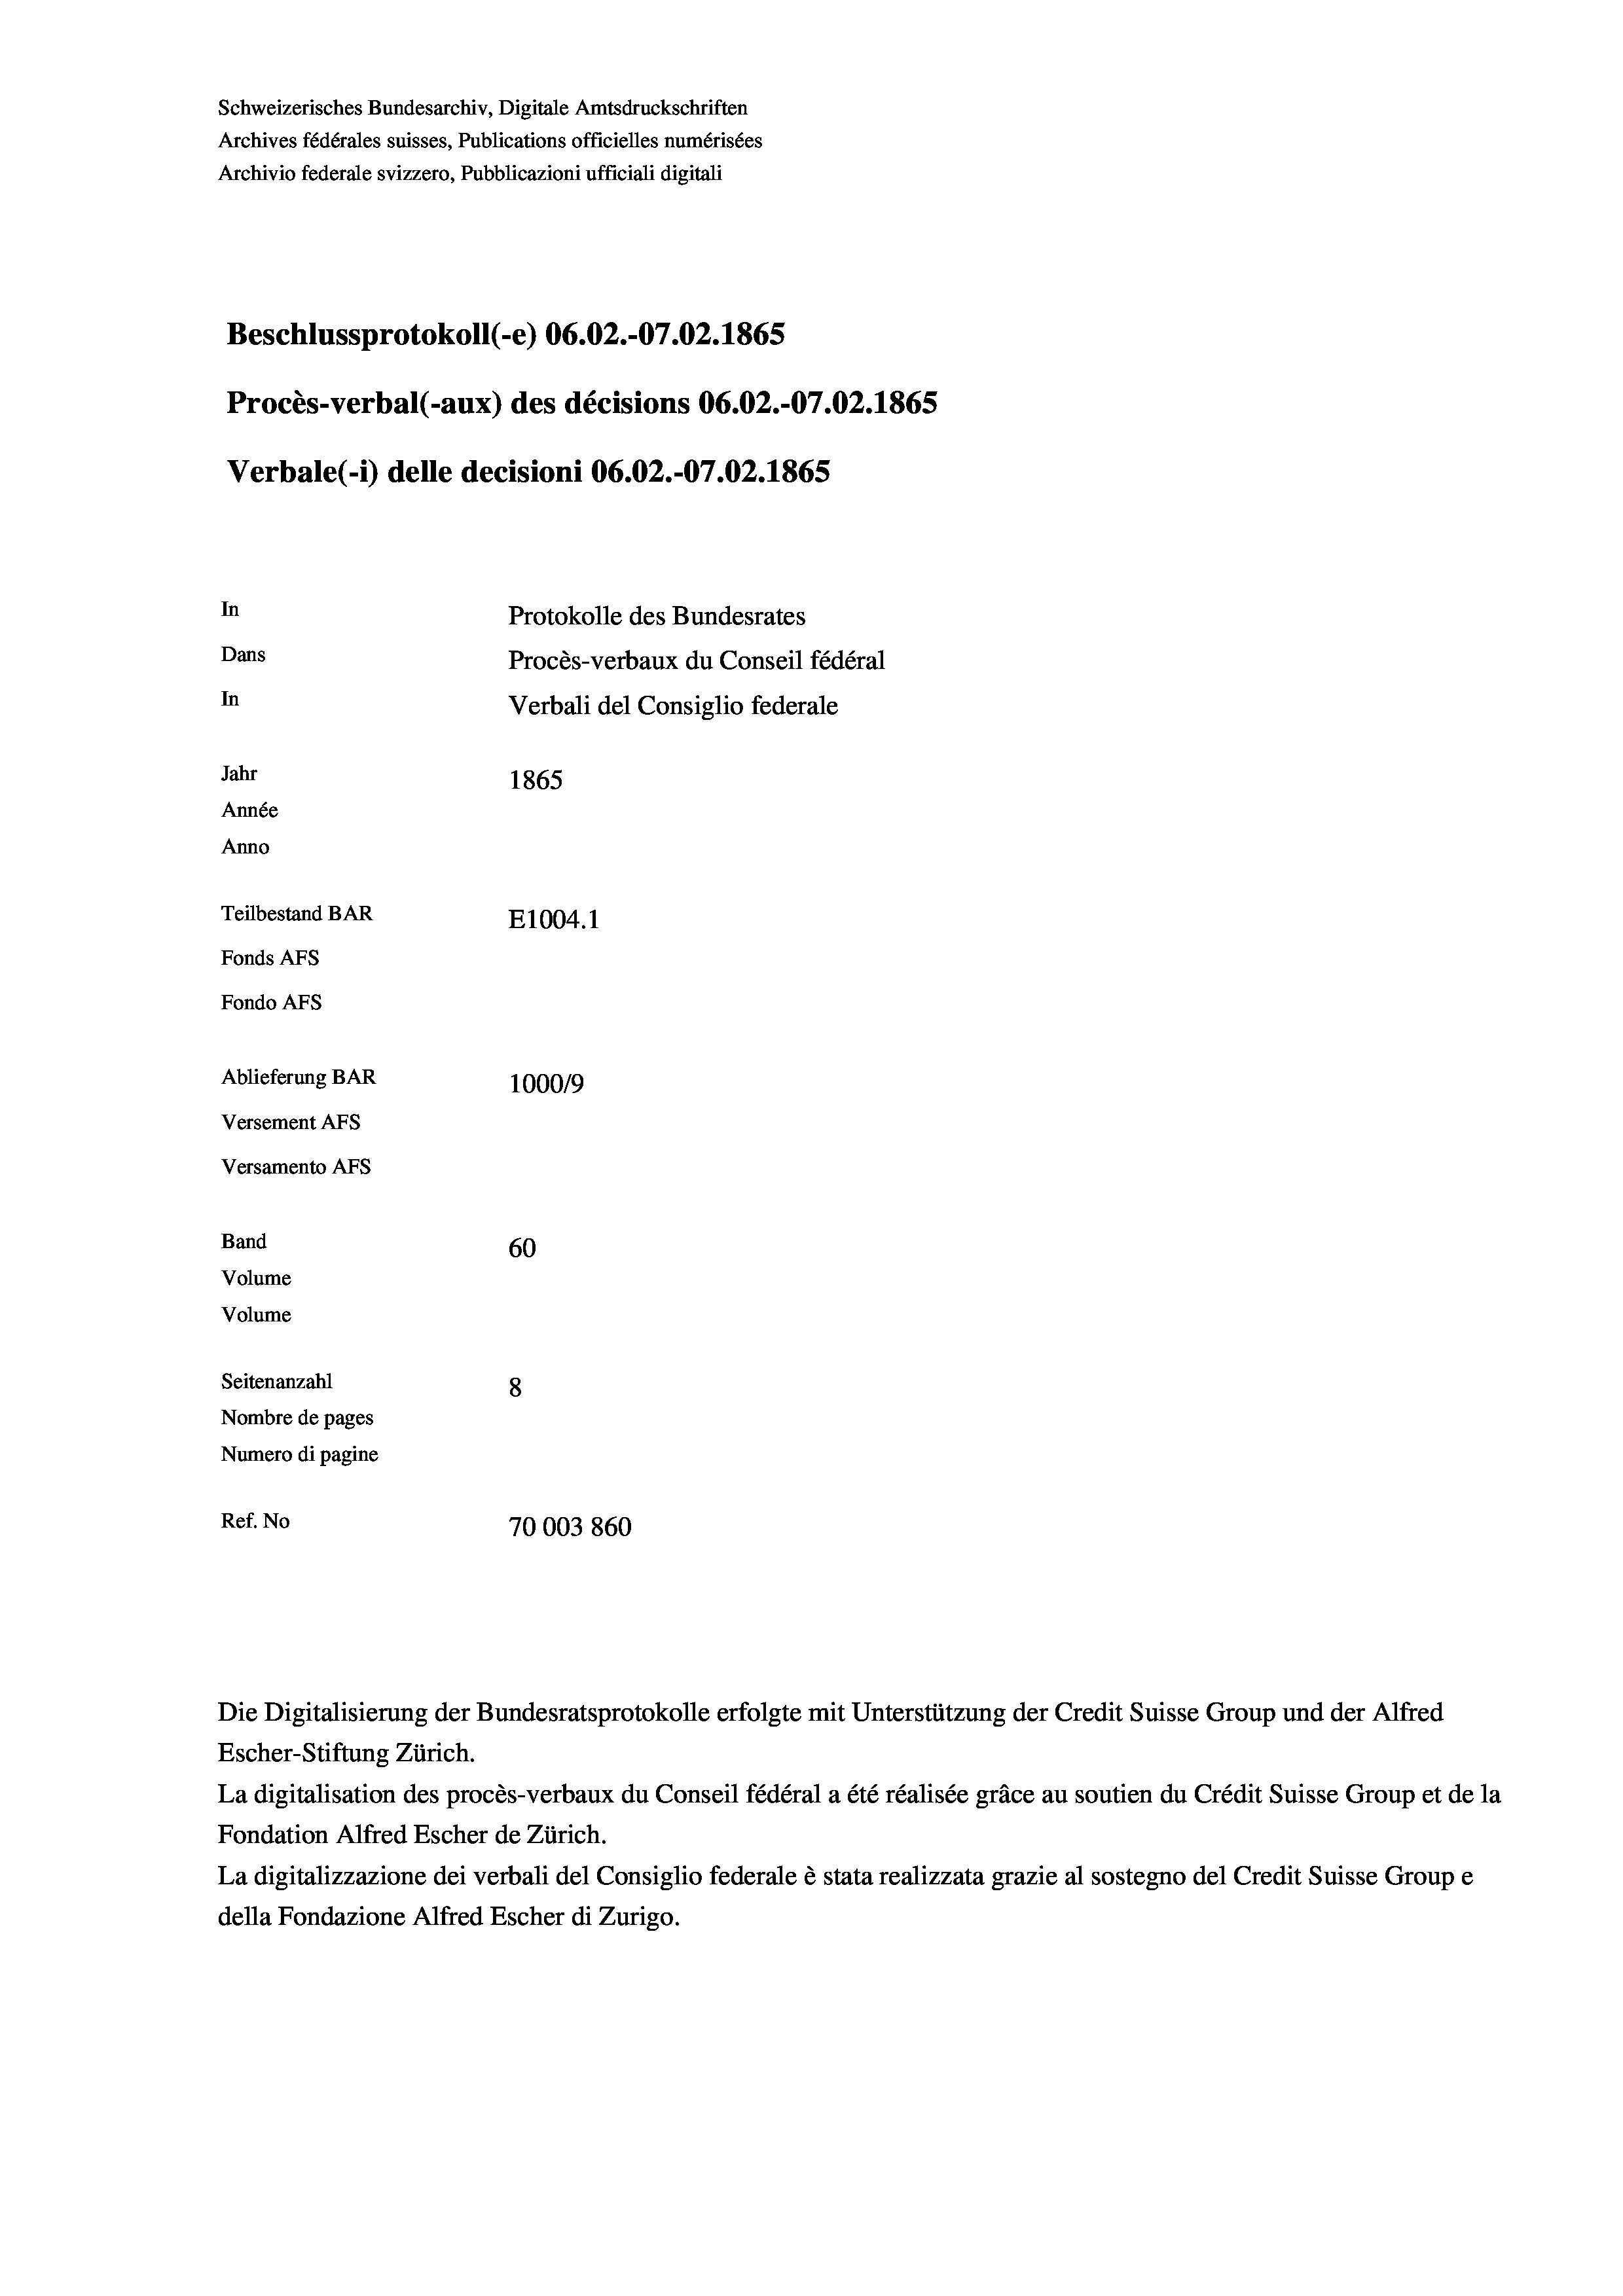
Schweizerisches Bundesarchiv, Digitale Amtsdruckschriften
Archives fédérales suisses, Publications officielles numérisées
Archivio federale svizzero, Pubblicazioni ufficiali digitali
Beschlussprotokoll (-e) 06.02.-07.02. 1865
Procès-verbal (-aux) des décisions 06.02.-07.02. 1865
Verbale(*) delle decisioni 06.02.-07.02. 1865
In
Protokolle des Bundesrates
Dans
Procès-verbaux du Conseil fédéral
In
Verbali del Consiglio federale
Jahr
1865
Année
Anno
Teilbestand BAR
E1004.1
Fonds AFs
Fondo Afs
Ablieferung BAR
100019
Versement Ans
Versamento Afs
Band
60
Volume
Volume
Seitenanzahl
8

Nombre de pages
Numero di pagine
Ref. No
70003860

Escher-Stiftung Zürich.
La digitalisation des procès-verbaux du Conseil fédéral a été réalisée gräce au soutien du Crédit Suisse Group et de la
Fondation Alfred Escher de Zürich.
La digitalizzazione dei verbali del Consiglio federale è stata realizzata grazie al sostegno del Credit Suisse Groupe
della Fondazione Alfred Escher di Zurigo.

Die Digitalisierung der Bundesratsprotokolle erfolgte mit Unterstützung der Credit Suisse Group und der Alfred